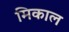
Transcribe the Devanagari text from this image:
मिकाल